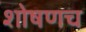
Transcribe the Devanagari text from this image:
शोषणच